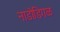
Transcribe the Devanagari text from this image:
नाडोडिगळ